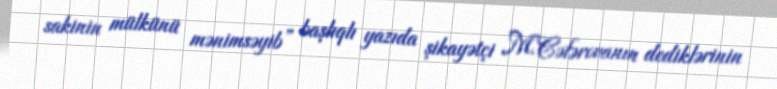
sakinin mülkünü mənimsəyib” başlıqlı yazıda şikayətçi M.Cəfərovanın dediklərinin